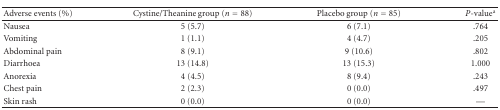
| Adverse events (%) | Cystine/Theanine group (n = 88) | Placebo group (n = 85) | P-valuea |
 | --- | --- | --- | --- |
 | Nausea | 5 (5.7) | 6 (7.1) | .764 |
 | Vomiting | 1 (1.1) | 4 (4.7) | .205 |
 | Abdominal pain | 8 (9.1) | 9 (10.6) | .802 |
 | Diarrhoea | 13 (14.8) | 13 (15.3) | 1.000 |
 | Anorexia | 4 (4.5) | 8 (9.4) | .243 |
 | Chest pain | 2 (2.3) | 0 (0.0) | .497 |
 | Skin rash | 0 (0.0) | 0 (0.0) | — |